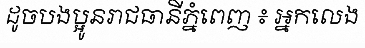
ដូចបងប្អូនរាជធានីភ្នំពេញ ៖ អ្នកលេង